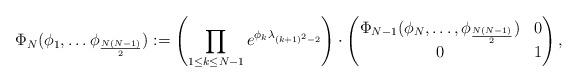
LaTeX: \begin{align*}\Phi_N(\phi_1,\ldots\phi_{\frac{N(N-1)}{2}}):=\left(\prod_{1\leq k\leq N-1}e^{\phi_k \lambda_{(k+1)^2-2}}\right)\cdot\begin{pmatrix}\Phi_{N-1}(\phi_{N},\ldots,\phi_{\frac{N(N-1)}{2}})&0\\0&1\end{pmatrix},\end{align*}